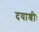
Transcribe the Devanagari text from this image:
दयाश्रीः